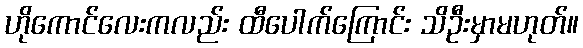
ဟိုကောင်လေးကလည်း ထီပေါက်ကြောင်း သိဦးမှာမဟုတ်။